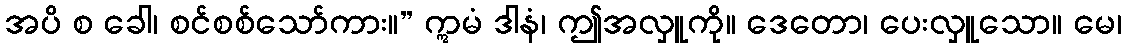
အပိ စ ခေါ၊ စင်စစ်သော်ကား။” ဣမံ ဒါနံ၊ ဤအလှူကို။ ဒေတော၊ ပေးလှူသော။ မေ၊